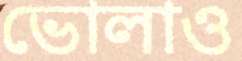
ভোলাও